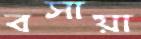
বসায়া